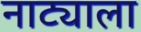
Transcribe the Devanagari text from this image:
नाट्याला